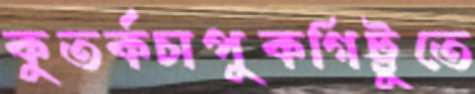
কুতর্কচাপুকগিট্টুতে